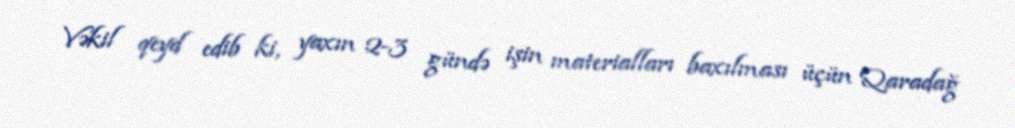
Vəkil qeyd edib ki, yaxın 2-3 gündə işin materialları baxılması üçün Qaradağ